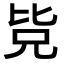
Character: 𭯊